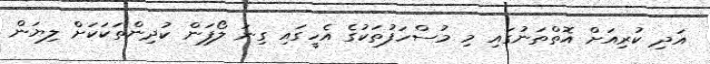
އަދި ކުރިއަށް އޮތްތަނުގައި މި މުސްހަފުތަކުގެ އެހީގައި ގިނަ ލޯފަން ކުދިންތަކަކަށް ލިޔަން